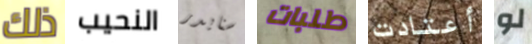
ذلك النحيب سنايدر طلبات أعتادت لو